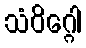
သံဝိဂ္ဂေါ